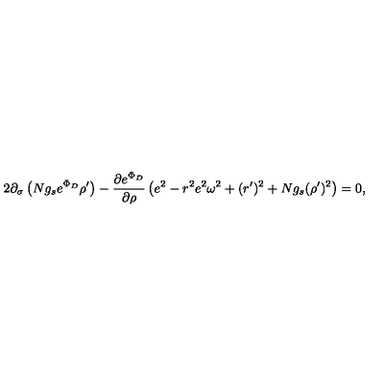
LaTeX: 2 \partial _ { \sigma } \left( N g _ { s } e ^ { \Phi _ { D } } \rho ^ { \prime } \right) - \frac { \partial e ^ { \Phi _ { D } } } { \partial \rho } \left( e ^ { 2 } - r ^ { 2 } e ^ { 2 } \omega ^ { 2 } + ( r ^ { \prime } ) ^ { 2 } + N g _ { s } ( \rho ^ { \prime } ) ^ { 2 } \right) = 0 ,